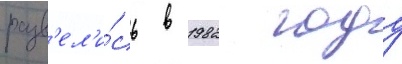
разв'ел'и́сь в 1982 году